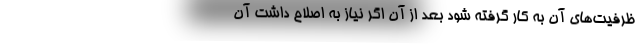
ظرفیت‌های آن به کار گرفته شود بعد از آن اگر نیاز به اصلاح داشت آن